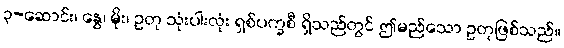
၃-ဆောင်း၊ နွေ၊ မိုး၊ ဥတု သုံးပါးလုံး ရှစ်ပက္ခစီ ရှိသည်တွင် ဤမည်သော ဥတုဖြစ်သည်။